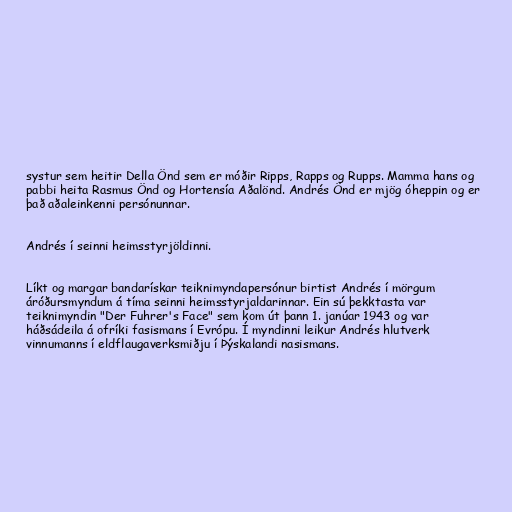
systur sem heitir Della Önd sem er móðir Ripps, Rapps og Rupps. Mamma hans og
pabbi heita Rasmus Önd og Hortensía Aðalönd. Andrés Önd er mjög óheppin og er
það aðaleinkenni persónunnar.

Andrés í seinni heimsstyrjöldinni.

Líkt og margar bandarískar teiknimyndapersónur birtist Andrés í mörgum
áróðursmyndum á tíma seinni heimsstyrjaldarinnar. Ein sú þekktasta var
teiknimyndin "Der Fuhrer's Face" sem kom út þann 1. janúar 1943 og var
háðsádeila á ofríki fasismans í Evrópu. Í myndinni leikur Andrés hlutverk
vinnumanns í eldflaugaverksmiðju í Þýskalandi nasismans.